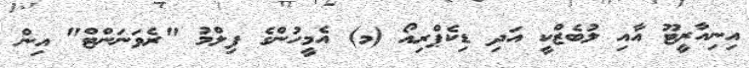
އިނިއާރީޓޫ އާއި ލުބެޒްކީ އަދި ޑިކެޕްރިއޯ (މ) އެމީހުންގެ ފިލްމު "ރެވަނަންޓް" އިން